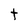
Character: t